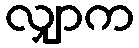
လျှာက